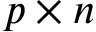
p \times n